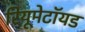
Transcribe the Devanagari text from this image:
रियूमेटॉयड